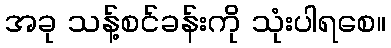
အခု သန့်စင်ခန်းကို သုံးပါရစေ။